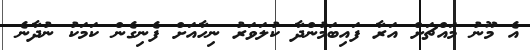
އެ މޫނު މައްޗަށް އަރާ ފައިބަމުންދާ ކުލަވަރު ނިހާއަށް ފެނިގެން ކަމަކު ނުދާނެ